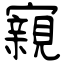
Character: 寴